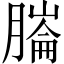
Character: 𦟹